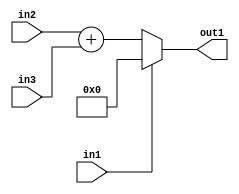
`timescale 1ps / 1ps
/*****************************************************************************
    Verilog RTL Description
    
    
    Created by: Stratus DpOpt 21.05.01 
*******************************************************************************/

module dut_entirecomputation_alt17_0 (
	in1,
	in2,
	in3,
	out1
	); /* architecture "behavioural" */ 
input  in1;
input [10:0] in2,
	in3;
output [11:0] out1;
wire [11:0] asc001,
	asc002;

assign asc002 = 
	+(in2)
	+(in3);

reg [11:0] asc001_tmp_0;
assign asc001 = asc001_tmp_0;
always @ (in1 or asc002) begin
	case (in1)
		1'B1 : asc001_tmp_0 = 12'B000000000000 ;
		default : asc001_tmp_0 = asc002 ;
	endcase
end

assign out1 = asc001;
endmodule

/* CADENCE  v7DzTwk= : u9/ySxbfrwZIxEzHVQQV8Q== ** DO NOT EDIT THIS LINE ******/